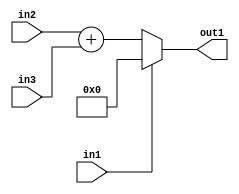
`timescale 1ps / 1ps
/*****************************************************************************
    Verilog RTL Description
    
    
    Created by: Stratus DpOpt 21.05.01 
*******************************************************************************/

module dut_entirecomputation_alt17_0 (
	in1,
	in2,
	in3,
	out1
	); /* architecture "behavioural" */ 
input  in1;
input [10:0] in2,
	in3;
output [11:0] out1;
wire [11:0] asc001,
	asc002;

assign asc002 = 
	+(in2)
	+(in3);

reg [11:0] asc001_tmp_0;
assign asc001 = asc001_tmp_0;
always @ (in1 or asc002) begin
	case (in1)
		1'B1 : asc001_tmp_0 = 12'B000000000000 ;
		default : asc001_tmp_0 = asc002 ;
	endcase
end

assign out1 = asc001;
endmodule

/* CADENCE  v7DzTwk= : u9/ySxbfrwZIxEzHVQQV8Q== ** DO NOT EDIT THIS LINE ******/